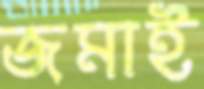
জমাই